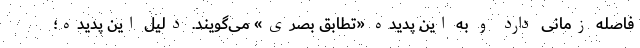
فاصله زمانی دارد و به این پدیده «تطابق بصری» می‌گویند. دلیل این پدیده؛